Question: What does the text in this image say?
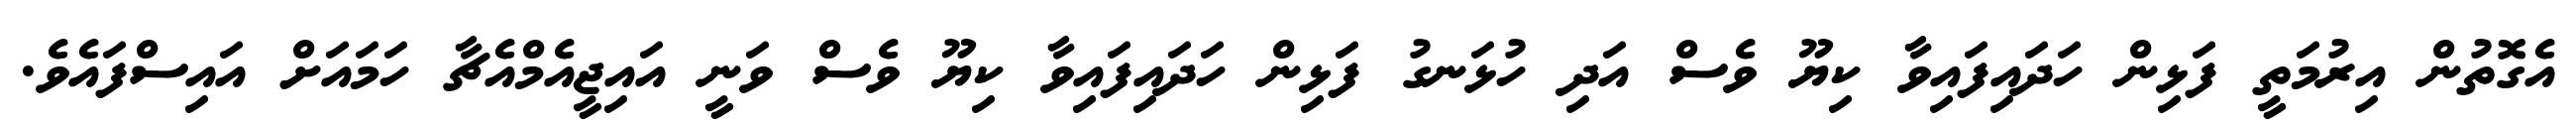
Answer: އެގޮތުން އިރުމަތީ ފަޅިން ހަދައިފައިވާ ކިޔޫ ވެސް އަދި ހުޅަނގު ފަޅިން ހަދައިފައިވާ ކިޔޫ ވެސް ވަނީ އައިޖީއެމްއެޗާ ހަމައަށް އައިސްފައެވެ.